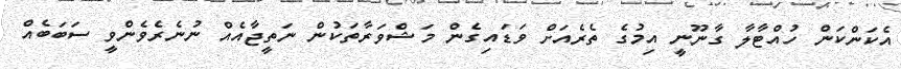
އެކަންކަން ހުއްޓާލާ ގާނޫނީ އިމުގެ ތެރެއަށް ވަޑައިގެން މަޝްވަރާތަކުން ނަތީޖާއެއް ނުނެރެވެންވީ ސަބަބެއް